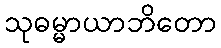
သုဓမ္မာယာဘိတော